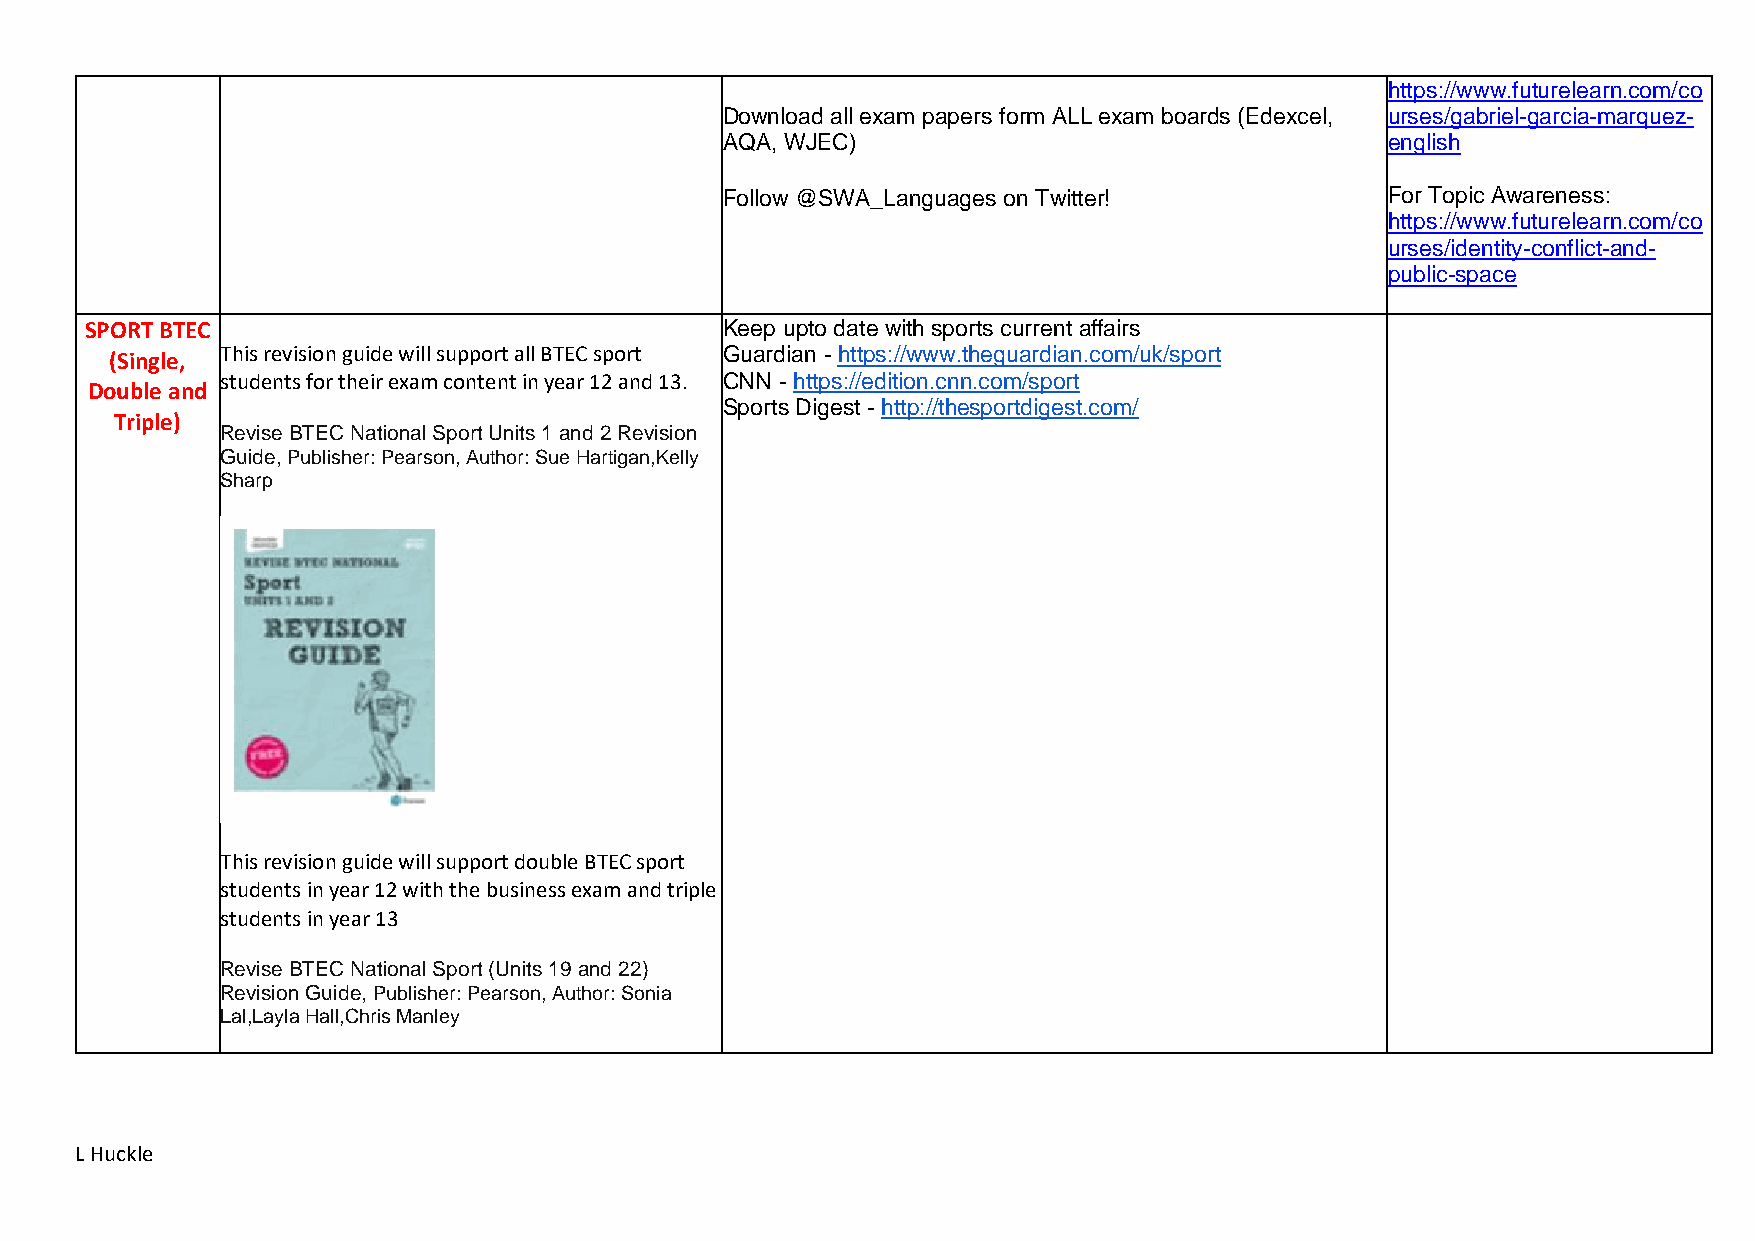
https://www.futurelearn.com/co
 Download all exam papers form ALL exam boards (Edexcel, urses/gabriel-garcia-marquez-
 AQA, WJEC)                                  english
 Follow @SWA_Languages on Twitter!           For Topic Awareness:
 https://www.futurelearn.com/co
 urses/identity-conflict-and-
 public-space
 SPORT BTEC                                Keep upto date with sports current affairs
 (Single, This revision guide will support all BTEC sport Guardian - https://www.theguardian.com/uk/sport
 students for their exam content in year 12 and 13. CNN - https://edition.cnn.com/sport
 Double and
 Sports Digest - http://thesportdigest.com/
 Triple)
 Revise BTEC National Sport Units 1 and 2 Revision
 Guide, Publisher: Pearson, Author: Sue Hartigan,Kelly
 Sharp
 This revision guide will support double BTEC sport
 students in year 12 with the business exam and triple
 students in year 13
 Revise BTEC National Sport (Units 19 and 22)
 Revision Guide, Publisher: Pearson, Author: Sonia
 Lal,Layla Hall,Chris Manley
 L Huckle